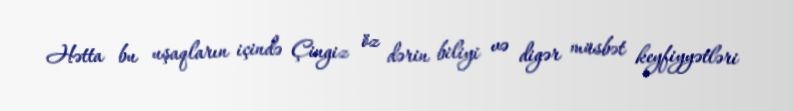
Hətta bu uşaqların içində Çingiz öz dərin biliyi və digər müsbət keyfiyyətləri